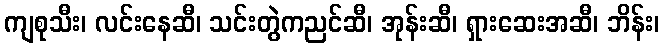
ကျစုသီး၊ လင်းနေဆီ၊ သင်းတွဲကညင်ဆီ၊ အုန်းဆီ၊ ရှားဆေးအဆီ၊ ဘိန်း၊